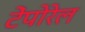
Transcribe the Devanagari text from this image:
टेंपोरेल